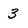
Character: 3